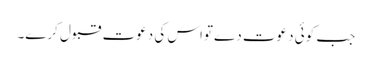
جب کوئی دعوت دےتواس کی دعوت قبول کرے۔